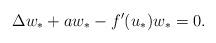
LaTeX: \begin{align*}\Delta w_*+aw_*-f'(u_*)w_*=0.\end{align*}